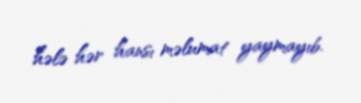
hələ hər hansı məlumat yaymayıb.